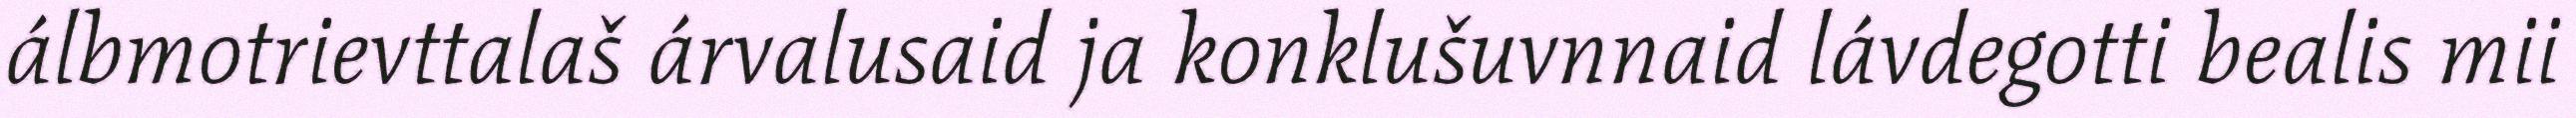
álbmotrievttalaš árvalusaid ja konklušuvnnaid lávdegotti bealis mii